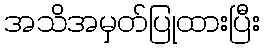
အသိအမှတ်ပြုထားပြီး